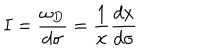
LaTeX: I = \frac { \omega _ { D } } { d \sigma } = \frac { 1 } { x } \frac { d x } { d \sigma }